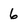
Character: 6